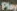
Play